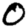
Digit: 0